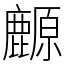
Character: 䴨